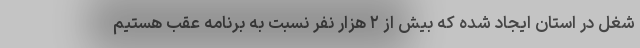
شغل در استان ایجاد شده که بیش از ۲ هزار نفر نسبت به برنامه عقب هستیم